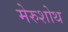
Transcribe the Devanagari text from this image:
मेरुशोथ